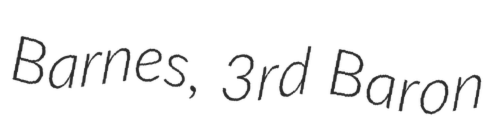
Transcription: Barnes, 3rd Baron